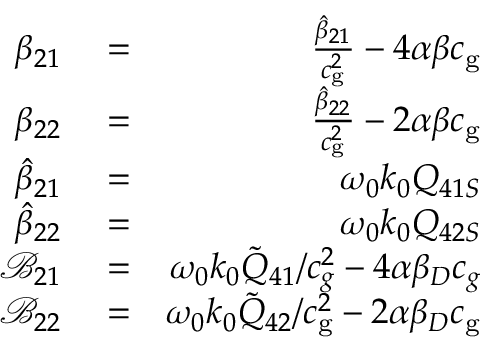
\begin{array} { r l r } { \beta _ { 2 1 } } & { { } = } & { \frac { \hat { \beta } _ { 2 1 } } { c _ { \mathrm { g } } ^ { 2 } } - 4 \alpha \beta c _ { \mathrm { g } } } \\ { \beta _ { 2 2 } } & { { } = } & { \frac { \hat { \beta } _ { 2 2 } } { c _ { \mathrm { g } } ^ { 2 } } - 2 \alpha \beta c _ { \mathrm { g } } } \\ { \hat { \beta } _ { 2 1 } } & { { } = } & { \omega _ { 0 } k _ { 0 } Q _ { 4 1 S } } \\ { \hat { \beta } _ { 2 2 } } & { { } = } & { \omega _ { 0 } k _ { 0 } Q _ { 4 2 S } } \\ { \mathcal { B } _ { 2 1 } } & { { } = } & { \omega _ { 0 } k _ { 0 } \tilde { Q } _ { 4 1 } / c _ { g } ^ { 2 } - 4 \alpha \beta _ { D } c _ { g } } \\ { \mathcal { B } _ { 2 2 } } & { { } = } & { \omega _ { 0 } k _ { 0 } \tilde { Q } _ { 4 2 } / c _ { \mathrm { g } } ^ { 2 } - 2 \alpha \beta _ { D } c _ { \mathrm { g } } } \end{array}